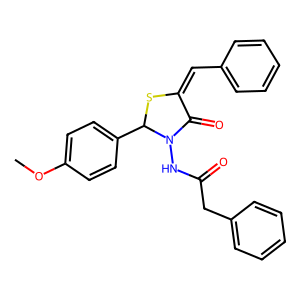
SMILES: COc1ccc(C2SC(=Cc3ccccc3)C(=O)N2NC(=O)Cc2ccccc2)cc1
Inhibits HIV replication: No